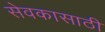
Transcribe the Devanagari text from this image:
सेवकासाठी